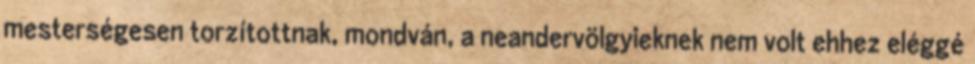
mesterségesen torzítottnak, mondván, a neandervölgyieknek nem volt ehhez eléggé